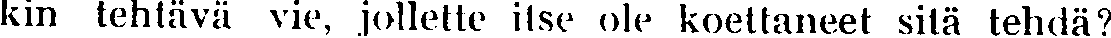
kin tehtävä vie, jollette itse ole koettaneet sitä tehdä?